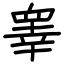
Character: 睾